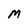
Character: M